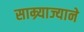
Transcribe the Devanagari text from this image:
साम्र्याज्याने